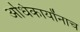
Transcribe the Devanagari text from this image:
अधिकार्यांनाच